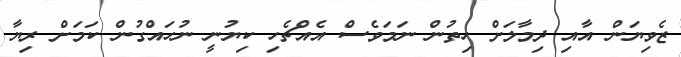
ޒެވިޔަން އާއި ދިމާލަށް ހިތުން ނަމަވެސް އެއްޗެހި ކިޔުނީ ނުހައްގުން ކަމަށް ރިޔާ